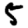
Digit: 5